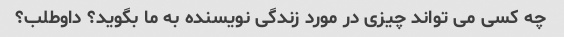
چه کسی می تواند چیزی در مورد زندگی نویسنده به ما بگوید؟ داوطلب؟